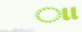
ાા